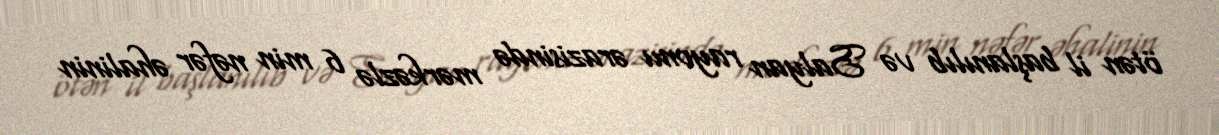
ötən il başlanılıb və Salyan rayonu ərazisində mərkəzlə 6 min nəfər əhalinin